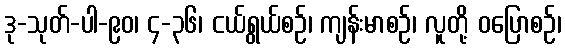
ဒု-သုတ်-ပါ-၉၀၊ ၄-၃၆၊ ငယ်ရွယ်စဉ်၊ ကျန်းမာစဉ်၊ လူတို့ ဝပြောစဉ်၊